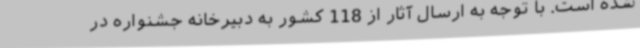
شده است. با توجه به ارسال آثار از 118 کشور به دبیرخانه جشنواره در